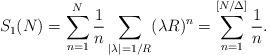
LaTeX: \begin{align*}S_{1}(N) &= \sum_{n=1}^{N} \frac{1}{n} \sum_{|\lambda|= 1/R} (\lambda R)^{n} = \sum_{n=1}^{[N/\Delta]} \frac{1}{n}. \end{align*}